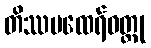
တိဿမထေရ်ဝတ္ထု